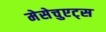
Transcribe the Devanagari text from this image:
मेसेचुएट्स